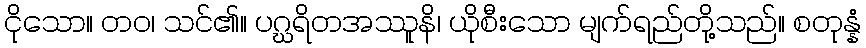
ငိုသော။ တဝ၊ သင်၏။ ပဂ္ဃရိတအဿူနိ၊ ယိုစီးသော မျက်ရည်တို့သည်။ စတုန္နံ